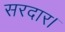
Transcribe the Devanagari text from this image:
सरदार।